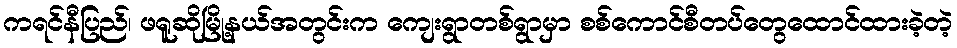
ကရင်နီပြည်၊ ဖရူဆိုမြို့နယ်အတွင်းက ကျေးရွာတစ်ရွာမှာ စစ်ကောင်စီတပ်တွေထောင်ထားခဲ့တဲ့